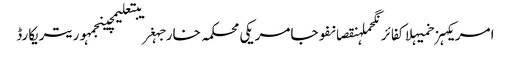
امریکہزخمیہلاکفائرنگحملہنقصانفوجامریکی محکمہ خارجہغریبتعلیمچینجمہوریتریکارڈ